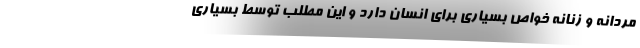
مردانه و زنانه خواص بسیاری برای انسان دارد و این مطلب توسط بسیاری